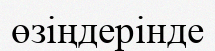
өзіңдерінде